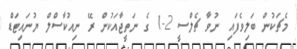
މެޗަކުން ބަލިވެފައި ނުވާ ޗެލްސީ 2-1 ގެ ނަތީޖާއަކުން ރޭ ނިއުކާސްލް ޔުނައިޓަޑް